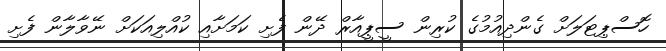
ހޮސްޕިޓަލަށް ގެންދިއުމުގެ ކުރިން ސީޕީއާރް ދޭން ފެށި ކަމަށާއި ކުއްލިއަކަށް ނޭވާލާން ފެށި